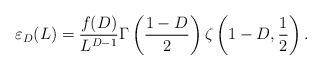
LaTeX: \begin{align*}\varepsilon_{D}(L)=\frac{f(D)}{L^{D-1}}\Gamma\left(\frac{1-D}{2}\right) \zeta\left(1-D,\frac1{2}\right).\end{align*}